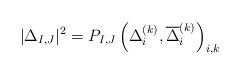
LaTeX: \begin{align*}|\Delta_{I,J}|^2 = P_{I,J}\left(\Delta_i^{(k)},\overline{\Delta}_i^{(k)}\right)_{i,k}\end{align*}